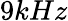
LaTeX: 9kHz